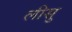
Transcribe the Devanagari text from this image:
लीसु